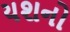
યશનો